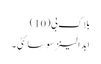
بلاک بی(10)
ابدالینز سوسائٹی ۔